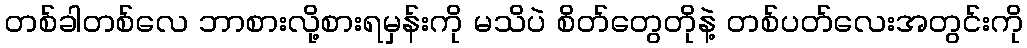
တစ်ခါတစ်လေ ဘာစားလို့စားရမှန်းကို မသိပဲ စိတ်တွေတိုနဲ့ တစ်ပတ်လေးအတွင်းကို